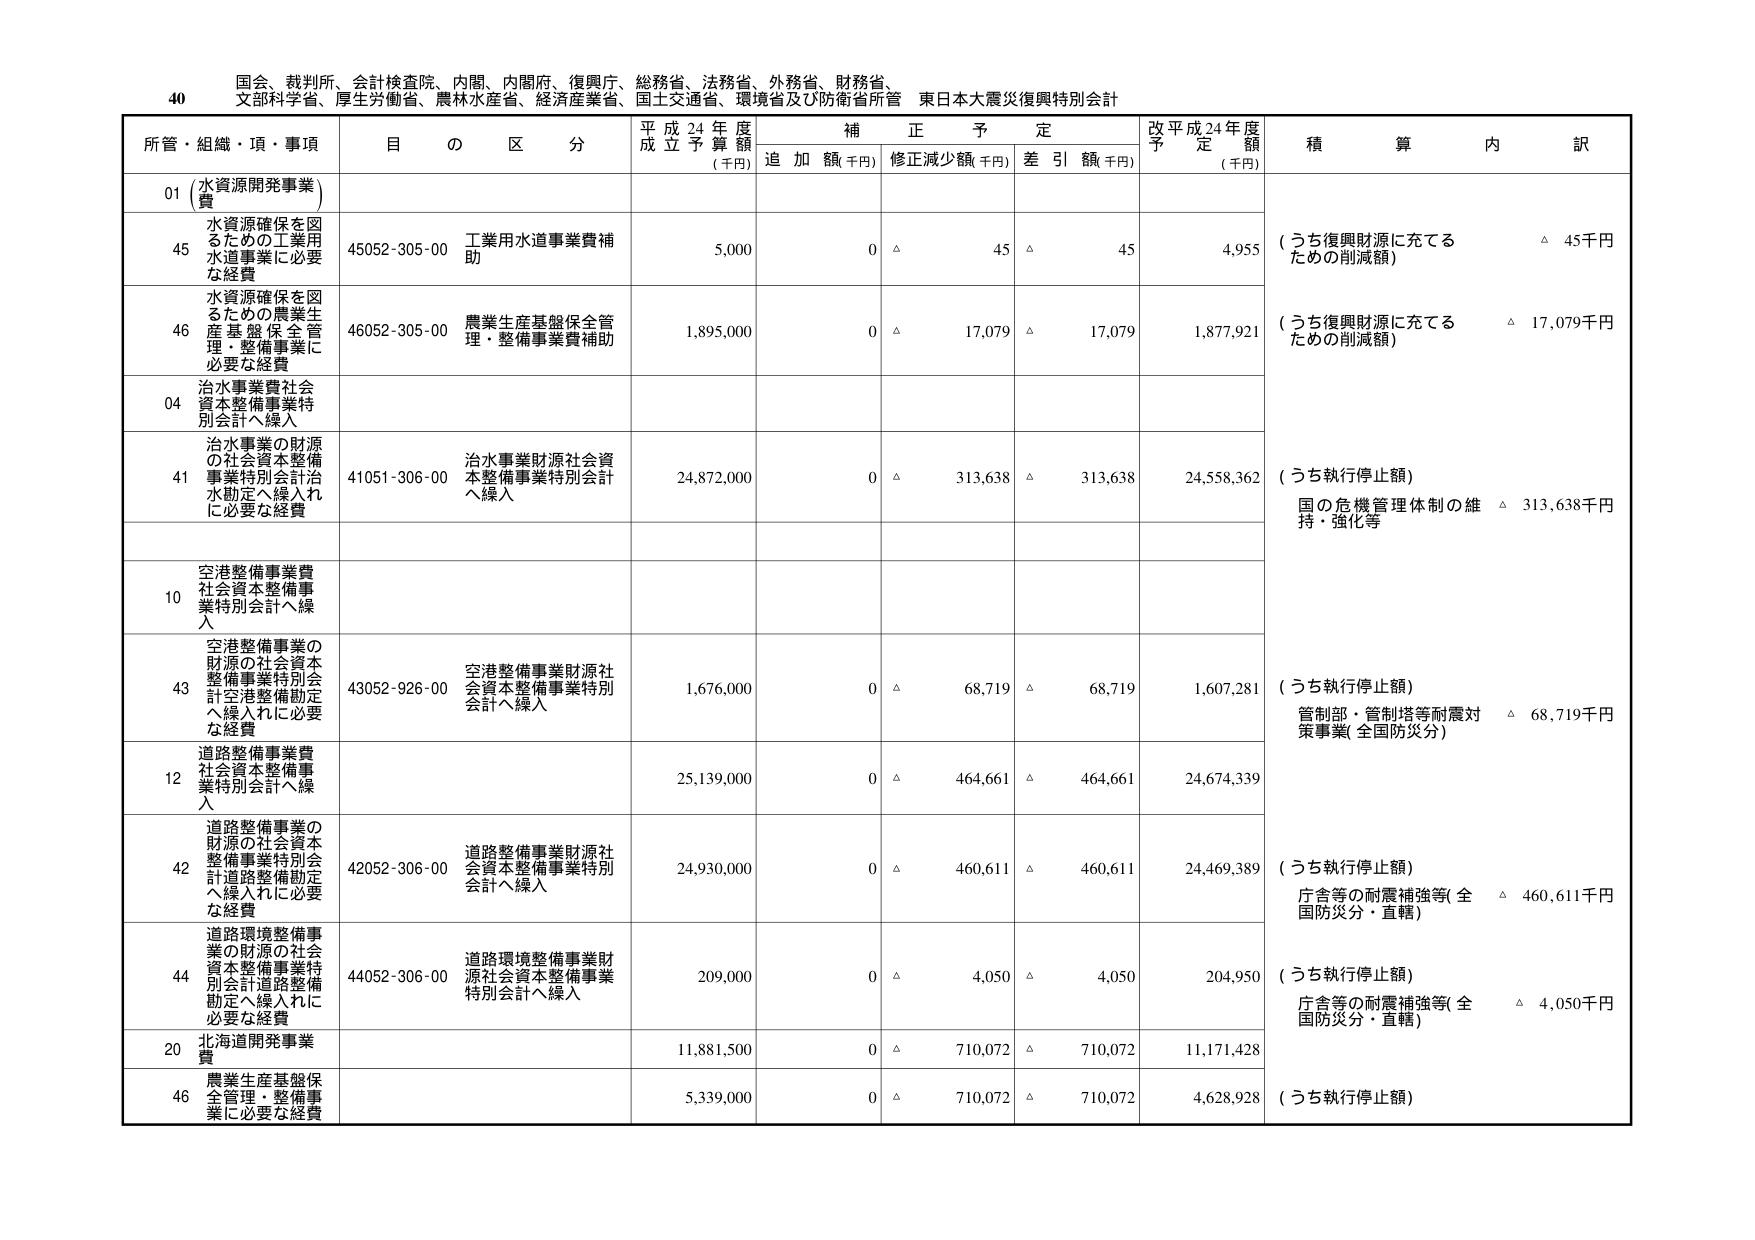
40 国会、裁判所、会計検査院、内閣、内閣府、復興庁、総務省、法務省、外務省、財務省、文部科学省、厚生労働省、農林水産省、経済産業省、国土交通省、環境省及び防衛省所管 東日本大震災復興特別会計

所管・組織・項・事項 目の区分 平成24年度成立予算額（千円） 補正予定 追加額（千円） 修正減少額（千円） 差引額（千円） 改平成24年度予定額（千円） 積算内訳

01（水資源開発事業費）

45 水資源確保を図るための工業用水道事業に必要な経費 45052-305-00 工業用水道事業費補助 5,000 0 △ 45 △ 45 4,955 （うち復興財源に充てるための削減額） △ 45千円

46 水資源確保を図るための農業生産基盤保全管理・整備事業に必要な経費 46052-305-00 農業生産基盤保全管理・整備事業費補助 1,895,000 0 △ 17,079 △ 17,079 1,877,921 （うち復興財源に充てるための削減額） △ 17,079千円

04 治水事業費社会資本整備事業特別会計へ繰入

41 治水事業の財源の社会資本整備事業特別会計治水勘定へ繰入れに必要な経費 41051-306-00 治水事業財源社会資本整備事業特別会計へ繰入 24,872,000 0 △ 313,638 △ 313,638 24,558,362 （うち執行停止額） 国の危機管理体制の維持・強化等 △ 313,638千円

10 空港整備事業費社会資本整備事業特別会計へ繰入

43 空港整備事業の財源の社会資本整備事業特別会計空港整備勘定へ繰入れに必要な経費 43052-926-00 空港整備事業財源社会資本整備事業特別会計へ繰入 1,676,000 0 △ 68,719 △ 68,719 1,607,281 （うち執行停止額） 管制部・管制塔等耐震対策事業（全国防災分） △ 68,719千円

12 道路整備事業費社会資本整備事業特別会計へ繰入

42 道路整備事業の財源の社会資本整備事業特別会計道路整備勘定へ繰入れに必要な経費 42052-306-00 道路整備事業財源社会資本整備事業特別会計へ繰入 25,139,000 0 △ 464,661 △ 464,661 24,674,339

44 道路環境整備事業の財源の社会資本整備事業特別会計道路整備勘定へ繰入れに必要な経費 44052-306-00 道路環境整備事業財源社会資本整備事業特別会計へ繰入 24,930,000 0 △ 460,611 △ 460,611 24,469,389 （うち執行停止額） 庁舎等の耐震補強等（全国防災分・直轄） △ 460,611千円

20 北海道開発事業費 11,881,500 0 △ 710,072 △ 710,072 11,171,428

46 農業生産基盤保全管理・整備事業に必要な経費 5,339,000 0 △ 710,072 △ 710,072 4,628,928 （うち執行停止額） 庁舎等の耐震補強等（全国防災分・直轄） △ 4,050千円

209,000 0 △ 4,050 △ 4,050 204,950 （うち執行停止額）